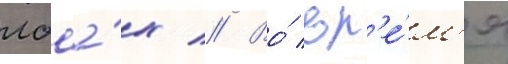
лба́х // Во́ вр'е́м'я